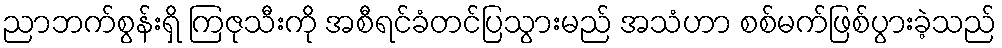
ညာဘက်စွန်းရှိ ကြဇုသီးကို အစီရင်ခံတင်ပြသွားမည် အသံဟာ စစ်မက်ဖြစ်ပွားခဲ့သည်